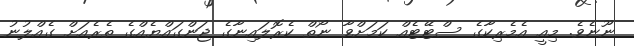
ނޫނެވެ. މިއީ އެމެރިކާގެ ސްޓޭޓެއް ކަމަށްވާ ނޯތް ކެރޮލައިނާގެ ޖަންގައްޔެއްގެ ތެރެއަށް ގެއްލުނު